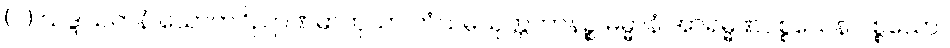
(ဂ) သဒ္ဒါယတနံ သောတဝိညာဏဓာတုယာ တံသမ္ပယုတ္တကာနဉ္စ ဓမ္မာနံ အာရမ္မဏပစ္စယေန ပစ္စယော။